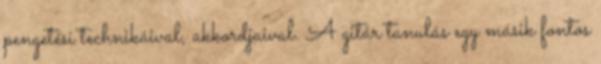
pengetési technikáival, akkordjaival. A gitár tanulás egy másik fontos